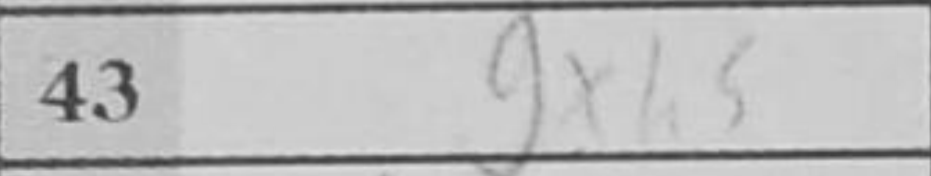
Transcription: gxh5